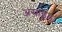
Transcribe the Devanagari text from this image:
असाइंड